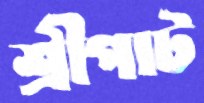
শ্রীপাট